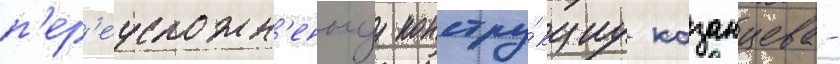
п'ер'еусложн'еннуу констру́кциу казанцева -